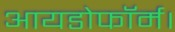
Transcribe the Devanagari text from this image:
आयडोफॉर्म।